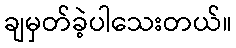
ချမှတ်ခဲ့ပါသေးတယ်။